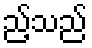
ည့်သည်